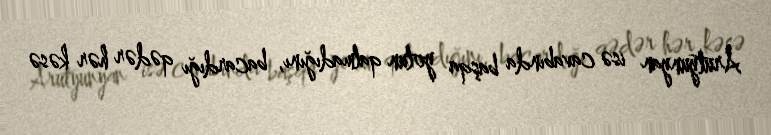
Arutyunyan isə cavabında başqa yolun qalmadığını, bacardığı qədər hər kəsə